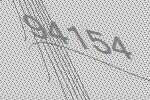
94154